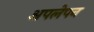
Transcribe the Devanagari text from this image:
अपलेपन